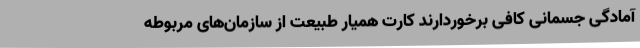
آمادگی جسمانی کافی برخوردارند کارت همیار طبیعت از سازمان‌های مربوطه